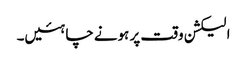
الیکشن وقت پر ہونے چاہئیں۔